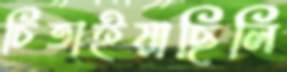
চিতাইয়াছিলি